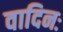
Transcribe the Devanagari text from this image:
वादिनः